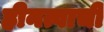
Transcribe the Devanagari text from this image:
हीनत्वाची